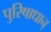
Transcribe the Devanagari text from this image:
पुरिषाधान्